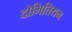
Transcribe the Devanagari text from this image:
दोमितियन